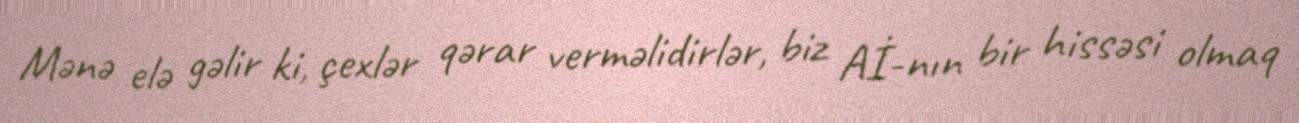
Mənə elə gəlir ki, çexlər qərar verməlidirlər, biz Aİ-nın bir hissəsi olmaq